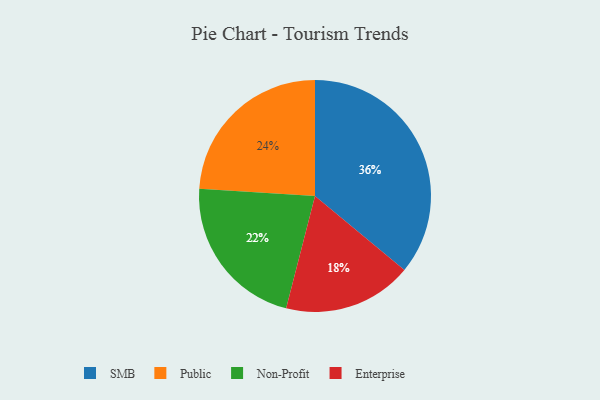
{"axis": {"x": "Category", "y": "Percentage"}, "legend": ["Enterprise", "Non-Profit", "Public", "SMB"], "data": [{"x": "Public", "y": 24, "type": "Public"}, {"x": "Enterprise", "y": 18, "type": "Enterprise"}, {"x": "SMB", "y": 36, "type": "SMB"}, {"x": "Non-Profit", "y": 22, "type": "Non-Profit"}]}